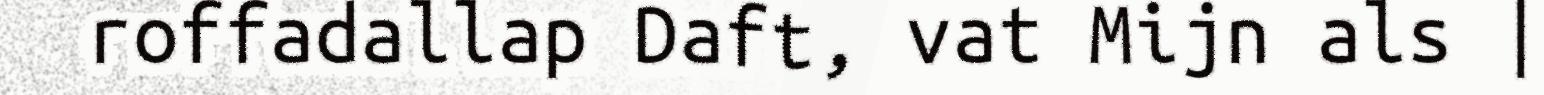
roffadallap Daft, vat Mijn als |